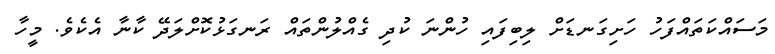
މަސައްކަތައްފަހު ހަށިގަނޑަށް ލިބިފައި ހުންނަ ކުދި ގެއްލުންތައް ރަނގަޅުކޮށްލަދޭ ކާނާ އެކެވެ. މީހާ